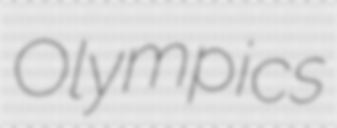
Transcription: Olympics